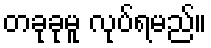
တခုခုမူ လုပ်ရမည်။